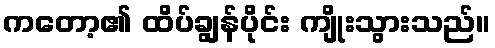
ကတော့၏ ထိပ်ချွန်ပိုင်း ကျိုးသွားသည်။